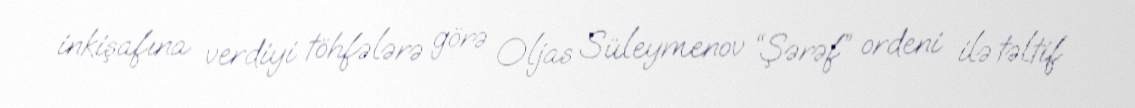
inkişafına verdiyi töhfələrə görə Oljas Süleymenov “Şərəf” ordeni ilə təltif